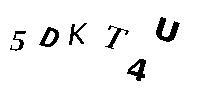
5DKT4U